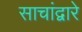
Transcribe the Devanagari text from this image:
साचांद्वारे